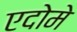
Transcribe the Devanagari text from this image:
एदोमे